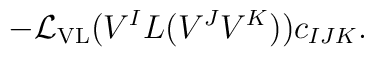
-{\cal L}_{\rm VL}(V^IL(V^JV^K))c_{IJK}.